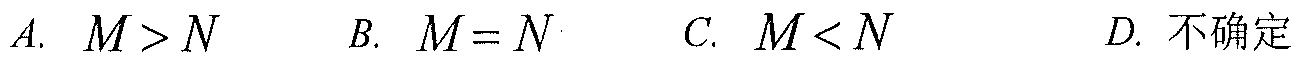
A. \(M > N\)  B. \(M = N\)  C. \(M < N\)  D. 不确定